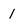
Character: 1